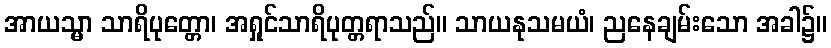
အာယသ္မာ သာရိပုတ္တော၊ အရှုင်သာရိပုတ္တရာသည်။ သာယနုသမယံ၊ ညနေချမ်းသော အခါ၌။